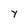
Character: Y